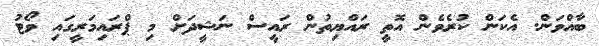
ބާއްވަން. އެކަން ކުރެވެން އޮތީ ރައްޔިތުން ރައީސް ނަޝީދަށް މި ޕްރައިމަރީގައި ވޯޓު